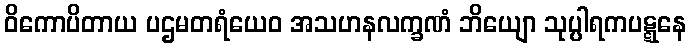
ဝိကောပိတာယ ပဌမတရံယေဝ အသဟနလက္ခဏံ ဘိယျော သုပ္ပါရကပဋ္ဋနေ